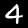
Digit: 4